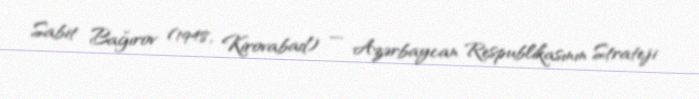
Sabit Bağırov (1948, Kirovabad) — Azərbaycan Respublikasının Strateji